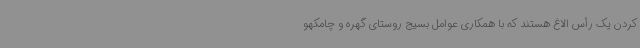
کردن یک رأس الاغ هستند که با همکاری عوامل بسیج روستای گهره و چامکهو